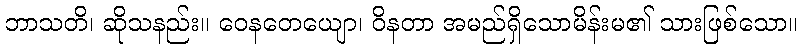
ဘာသတိ၊ ဆိုသနည်း။ ဝေနတေယျော၊ ဝိနတာ အမည်ရှိသောမိန်းမ၏ သားဖြစ်သော။